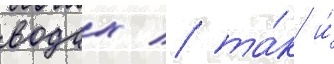
водах / та́к и́